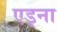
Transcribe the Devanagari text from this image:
एड्ना